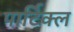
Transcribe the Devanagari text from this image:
पार्टिक्ल